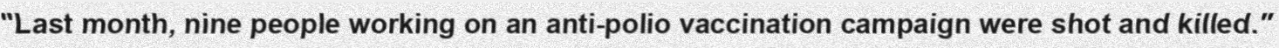
"Last month, nine people working on an anti-polio vaccination campaign were shot and killed."